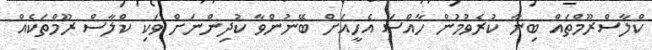
ކްލާސްރޫމްތައް ބިނާ ކުރެވުމުން ހާއްސަ އެހީއަށް ބޭނުންވާ ކުދިންނަށް ވަކި ކްލާސް ރޫމްތަކެއް